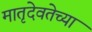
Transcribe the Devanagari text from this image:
मातृदेवतेच्या